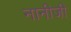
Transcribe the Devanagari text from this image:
नानीजी